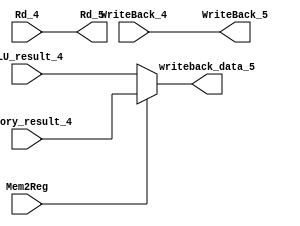
module Writeback( // no sequential circuits
    input [31:0]  ALU_result_4,
    input [31:0]  memory_result_4,
    input         WriteBack_4,
    input         Mem2Reg,
    input [4:0]   Rd_4,
    
    output [4:0]  Rd_5,
    output [31:0] writeback_data_5,
    output        WriteBack_5
);
    assign Rd_5             = Rd_4;
    assign writeback_data_5 = Mem2Reg ? memory_result_4 : ALU_result_4;
    assign WriteBack_5      = WriteBack_4;

endmodule